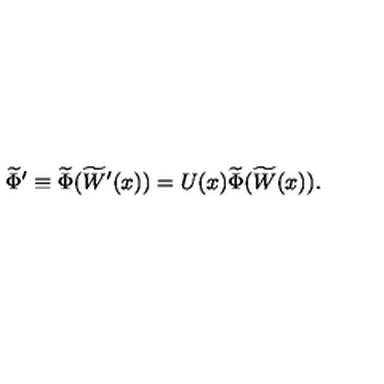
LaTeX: \widetilde { \Phi } ^ { \prime } \equiv \widetilde { \Phi } ( \widetilde { W } ^ { \prime } ( x ) ) = U ( x ) \widetilde { \Phi } ( \widetilde { W } ( x ) ) .